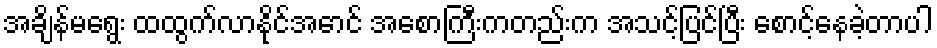
အချိန်မရွေး ထထွက်လာနိုင်အောင် အစောကြီးကတည်းက အသင့်ပြင်ပြီး စောင့်နေခဲ့တာပါ